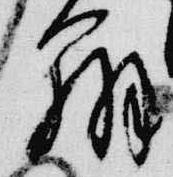
弁